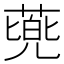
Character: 𮐰